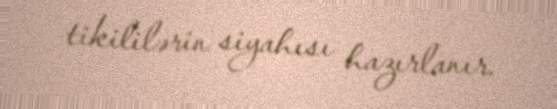
tikililərin siyahısı hazırlanır.